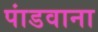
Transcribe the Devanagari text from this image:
पांडवाना